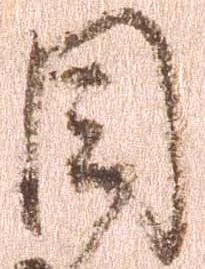
目